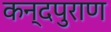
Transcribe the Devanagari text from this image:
कन्दपुराण